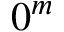
0 ^ { m }